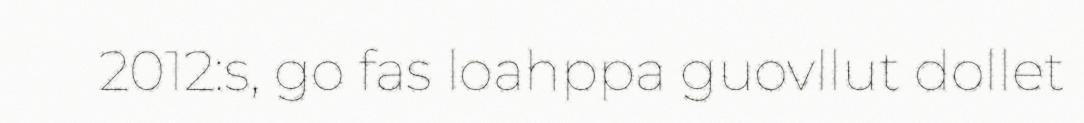
2012:s, go fas loahppa guovllut dollet